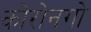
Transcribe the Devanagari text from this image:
कोरोनगो